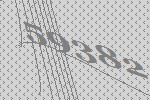
59382